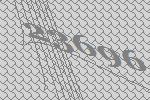
23696